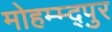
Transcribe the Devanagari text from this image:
मोहम्म्द्पुर